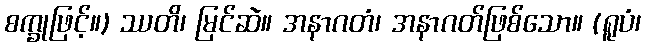
စက္ခုဖြင့်။) ဿတိ၊ မြင်ဆဲ။ အနာဂတံ၊ အနာဂတ်ဖြစ်သော။ (ရူပံ၊